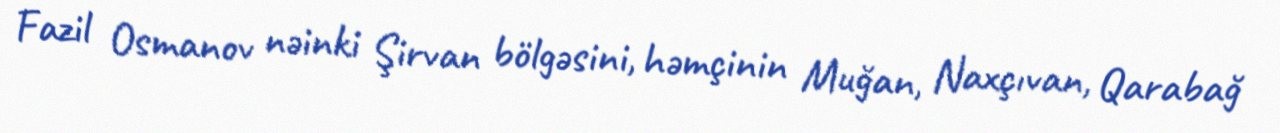
Fazil Osmanov nəinki Şirvan bölgəsini, həmçinin Muğan, Naxçıvan, Qarabağ